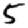
Digit: 5